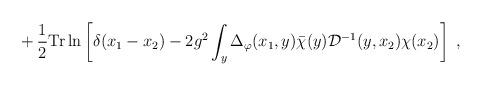
LaTeX: \begin{align*}+\, \frac{1}{2} {\rm Tr} \ln \left[ \delta(x_1-x_2) - 2 g^2 \int_y \Delta_\varphi(x_1,y) {\bar \chi}(y){\mathcal D}^{-1}(y,x_2) \chi(x_2) \right] \;,\end{align*}